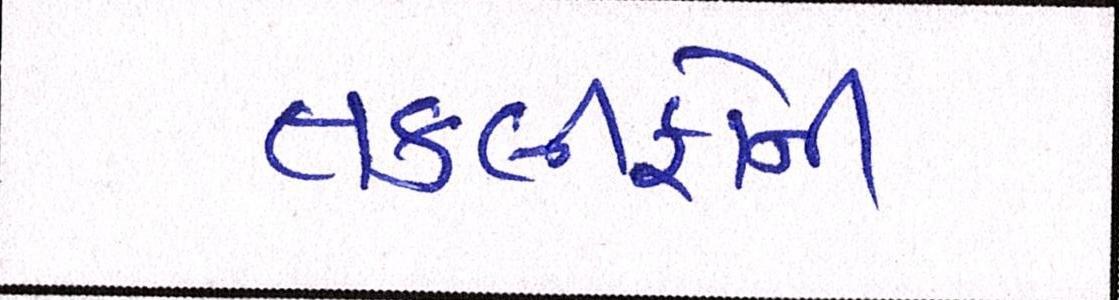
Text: તકલીફોની